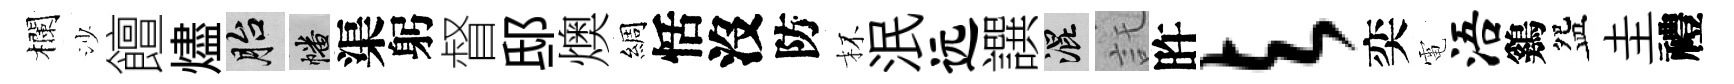
欄沙饘燼胎幡渠躬督邸燠綢恬沒防杯泯远譔混託旿与奕電浯鷄盌圭禮